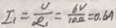
I _ { 1 } = \frac { U } { R _ { 1 } } = \frac { 6 V } { 1 0 \Omega } = 0 . 6 A